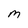
Character: m